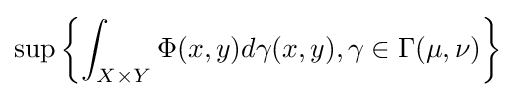
\sup \left\{\int _{X\times Y}\Phi (x,y)d\gamma (x,y),\gamma \in \Gamma (\mu ,\nu )\right\}